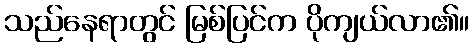
သည်နေရာတွင် မြစ်ပြင်က ပိုကျယ်လာ၏။